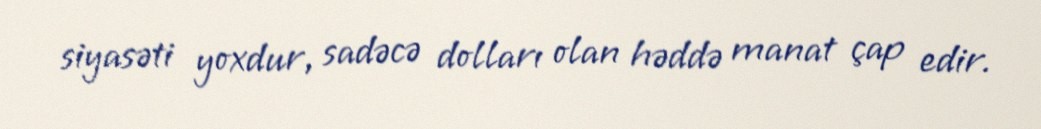
siyasəti yoxdur, sadəcə dolları olan həddə manat çap edir.